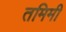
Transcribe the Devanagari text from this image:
तमिमी